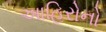
આહિરોનો